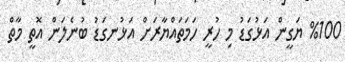
%100 ޔަގީން އަޅުގަޑު މި ހުރީ ހަމަތައްޔާރަށް އަޅުނގަޑު ބުނެލަން އޮތީ މާތް